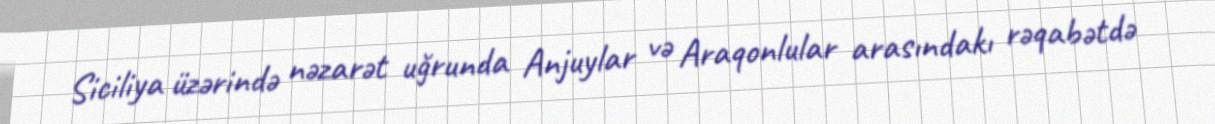
Siciliya üzərində nəzarət uğrunda Anjuylar və Araqonlular arasındakı rəqabətdə